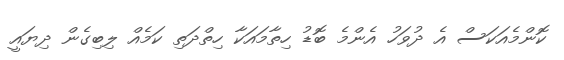
ކޮންމެއަކަސް އެ ދުވަހު އެންމެ ބޮޑު ހިތާމައަކާ ހިތްދަތި ކަމެއް ލިބިގެން ދިޔައީ